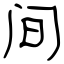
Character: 间